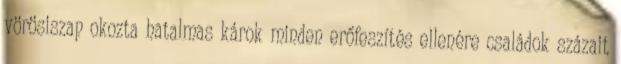
vörösiszap okozta hatalmas károk minden erőfeszítés ellenére családok százait